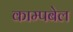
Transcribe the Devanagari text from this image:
काम्पबेल